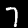
Label: 7